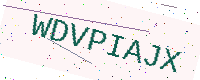
Text: WDVPIAJX